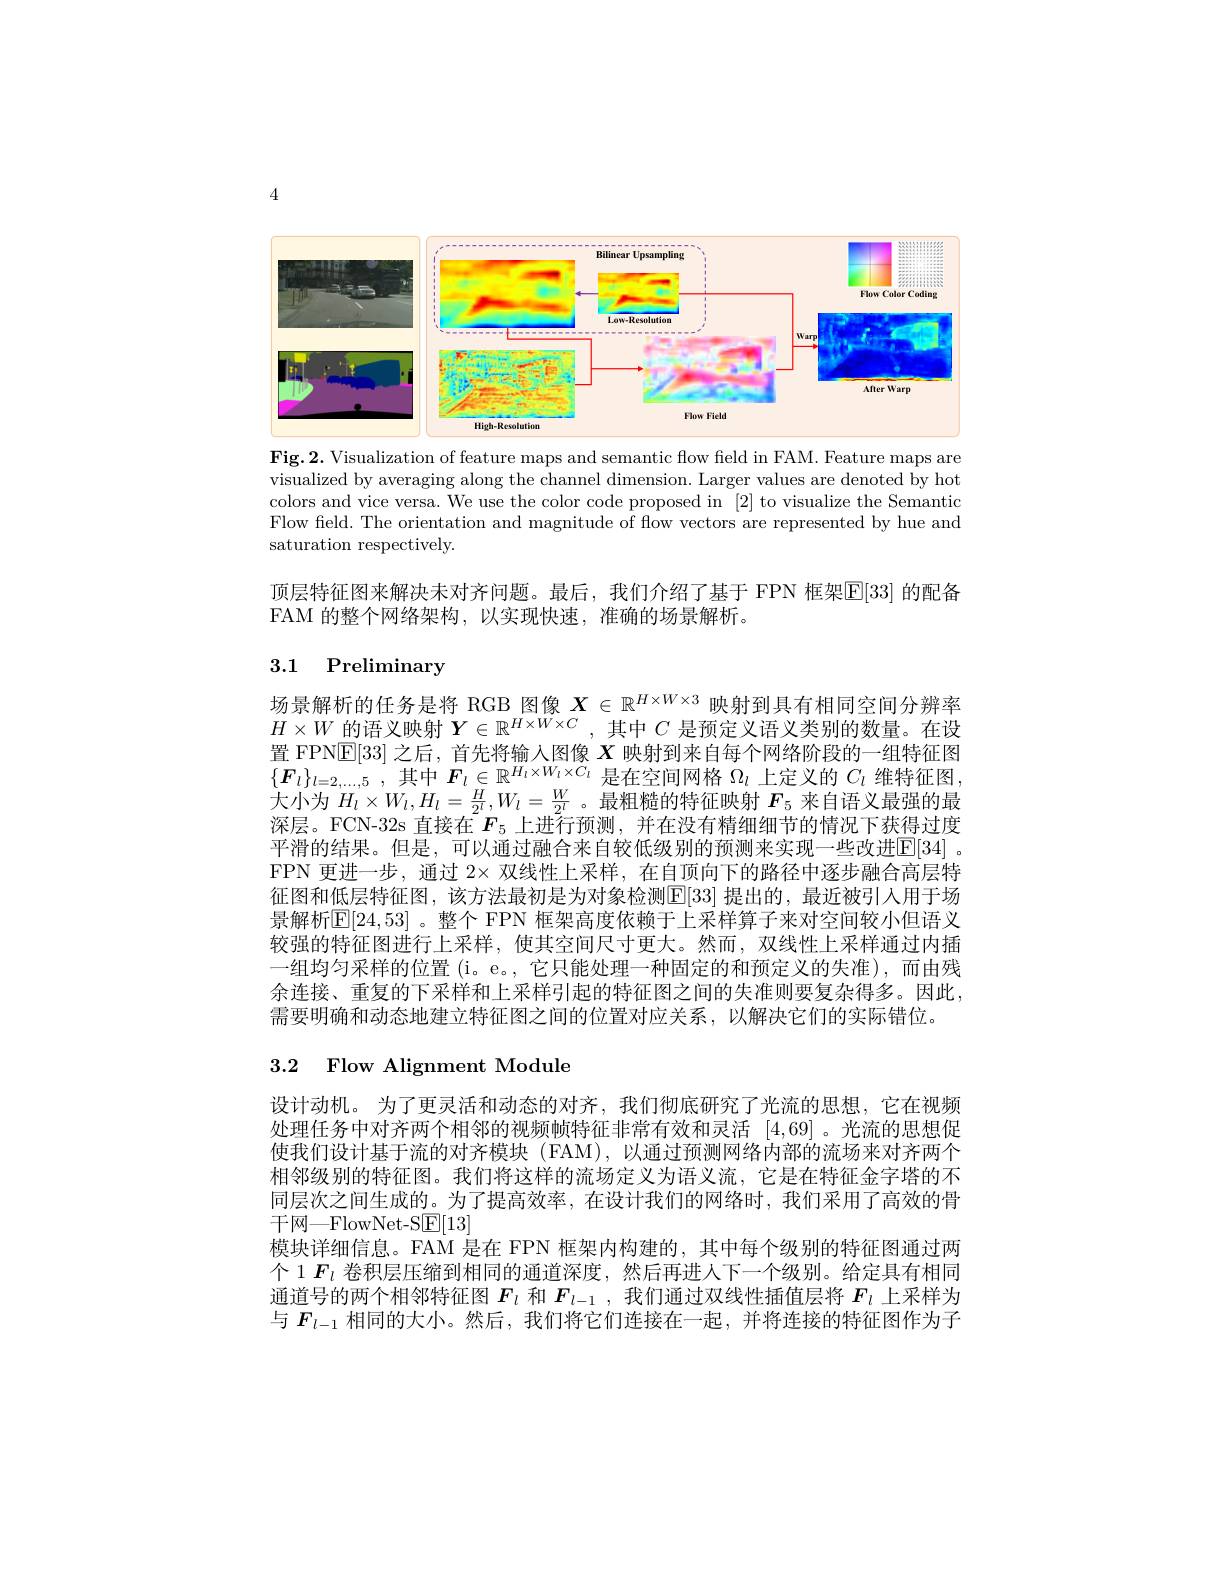
4

<FigureHere>

$\mathbf{Fig.2.}$ Visualization of feature maps and semantic flow feld in FAM. Feature maps are visualized by averaging along the channel dimension. Larger values are denoted by hot colors and vice versa. We use the color code proposed in [2] to visualize the Semantic Flow feld. The orientation and magnitude of flow vectors are represented by hue and saturation respectively.

顶层特征图来解决未对齐问题。最后，我们介绍了基于 FPN 框架$\overline{\mathbb{E}}[33]$ 的配备
FAM 的整个网络架构，以实现快速，准确的场景解析。

## 3.1 Preliminary

场景解析的任务是将 RGB 图像$X\in\mathbb{R}^{H\times W\times3}$映射到具有相同空间分辨率$H\times W$的语义映射$Y\in\mathbb{R}^H\times W\times C$ ,其中$C$是预定义语义类别的数量。在设置 FPNE[33]之后，首先将输入图像$X$映射到来自每个网络阶段的一组特征图$\{ \boldsymbol{F}_{l}\} _{l= 2, \ldots , 5}$ , 其中$\boldsymbol{F}_l\in\mathbb{R}^{H_{l}\times W_{l}\times\dot{C}_{l}}$是在空间网格$\Omega_l$上定义的$C_l$维特征图大小为$H_l\times W_l,H_l=\frac H{2^l},W_l=\frac W{2^l}$ 。最粗糙的特征映射$F_{5}$来自语义最强的最深层。FCN-32s 直接在$\bar{F_{5}\text{ 上进行预测，并在没有精细细节的情况下获得过度}}$ 平滑的结果。但是，可以通过融合来自较低级别的预测来实现一些改进E[34] 。FPN 更进一步，通过$2\times$双线性上采样，在自顶向下的路径中逐步融合高层特征图和低层特征图，该方法最初是为对象检测E[33] 提出的，最近被引人用于场景解析$[\mathbb{E}[24,53]$ 。整个 FPN 框架高度依赖于上采样算子来对空间较小但语义较强的特征图进行上采样，使其空间尺寸更大。然而，双线性上采样通过内插一组均匀采样的位置 (i。e。, 它只能处理一种固定的和预定义的失准),而由残余连接、重复的下采样和上采样引起的特征图之间的失准则要复杂得多。因此， 需要明确和动态地建立特征图之间的位置对应关系，以解决它们的实际错位。

## 3.2 Flow Alignment Module

设计动机。为了更灵活和动态的对齐，我们彻底研究了光流的思想，它在视频处理任务中对齐两个相邻的视频帧特征非常有效和灵活[4,69] 。光流的思想促使我们设计基于流的对齐模块 (FAM), 以通过预测网络内部的流场来对齐两个相邻级别的特征图。我们将这样的流场定义为语义流，它是在特征金字塔的不同层次之间生成的。为了提高效率，在设计我们的网络时，我们采用了高效的骨干网—FlowNet-SE[13]
模块详细信息。FAM 是在 FPN 框架内构建的，其中每个级别的特征图通过两个 1 $F_l$卷积层压缩到相同的通道深度，然后再进入下一个级别。给定具有相同通道号的两个相邻特征图$F_l$和$F_{l-1}$ ,我们通过双线性插值层将$F_l$上采样为与$F_{l-1}$相同的大小。然后，我们将它们连接在一起，并将连接的特征图作为子